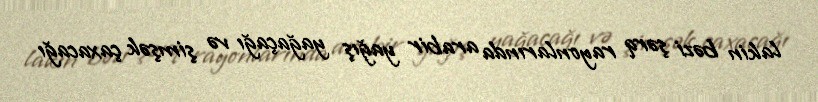
lakin bəzi şərq rayonlarında arabir yağış yağaçağı və şimşək çaxacağı